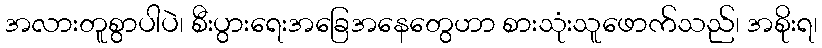
အလားတူစွာပါပဲ၊ စီးပွားရေးအခြေအနေတွေဟာ စားသုံးသူဖောက်သည်၊ အစိုးရ၊